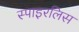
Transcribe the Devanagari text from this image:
स्पाइरलिस